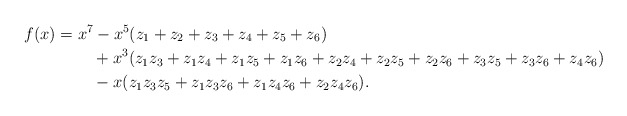
\begin{align*} f(x) &= x^7 - x^5 ( z_1 + z_2 + z_3 + z_4 + z_5 + z_6)\\ & \qquad\; + x^3 ( z_1 z_3 + z_1 z_4 + z_1 z_5 + z_1 z_6 + z_2 z_4 + z_2 z_5 + z_2 z_6 + z_3 z_5 + z_3 z_6 + z_4 z_6)\\ & \qquad\; - x (z_1 z_3 z_5 + z_1 z_3 z_6 + z_1 z_4 z_6 + z_2 z_4 z_6).\end{align*}